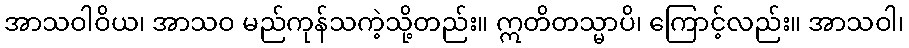
အာသဝါဝိယ၊ အာသဝ မည်ကုန်သကဲ့သို့တည်း။ ဣတိတသ္မာပိ၊ ကြောင့်လည်း။ အာသဝါ၊